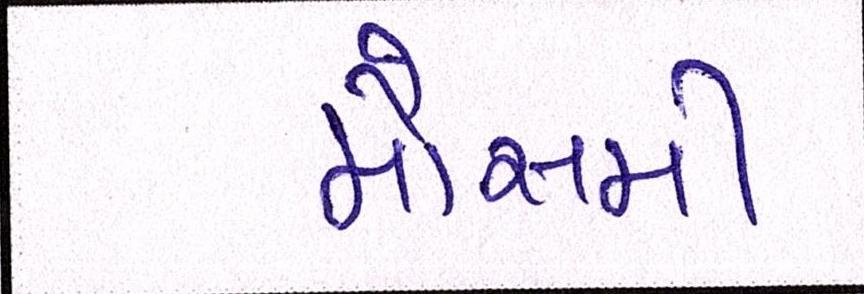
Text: મૌસમી